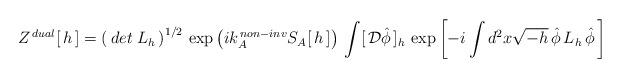
LaTeX: \begin{align*}Z^{\, dual}[\,h\,]=\left(\, det\; L_h\, \right)^{1/2}\,\exp \left(ik_A^{\, non-inv}S _A[\,h\,]\right)\, \int[\,{\cal D}\hat\phi\,]_h\,\exp\left[ -i\int d^2x \sqrt{-h}\,\hat\phi\, L_h\,\hat\phi\,\right]\end{align*}